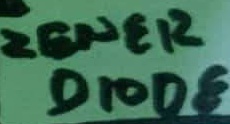
Text: ZENER DIODE